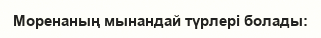
Моренаның мынандай түрлері болады: